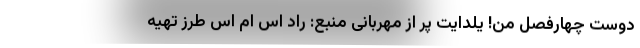
دوست چهارفصل من! یلدایت پر از مهربانی منبع: راد اس ام اس طرز تهیه